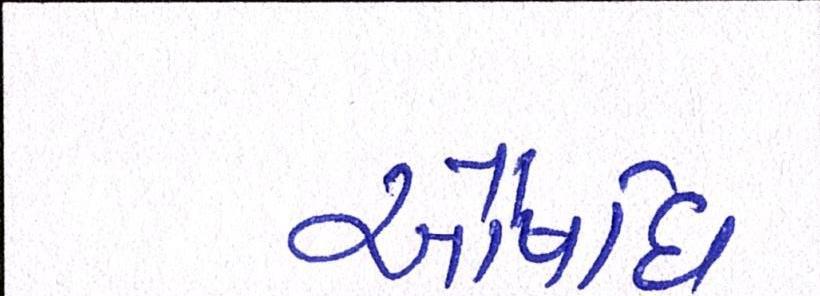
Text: ઔષધિ